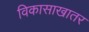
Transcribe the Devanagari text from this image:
विकासाखातर